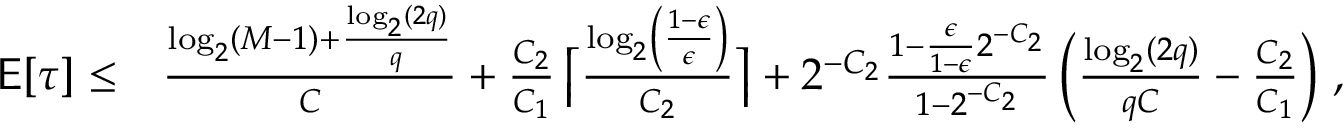
\begin{array} { r l } { \mathsf { E } [ \tau ] \le } & { \frac { \log _ { 2 } ( M - 1 ) + \frac { \log _ { 2 } ( 2 q ) } { q } } { C } + \frac { C _ { 2 } } { C _ { 1 } } \left\lceil \frac { \log _ { 2 } \left( \frac { 1 - \epsilon } { \epsilon } \right) } { C _ { 2 } } \right\rceil + 2 ^ { - C _ { 2 } } \frac { 1 - \frac { \epsilon } { 1 - \epsilon } 2 ^ { - C _ { 2 } } } { 1 - 2 ^ { - C _ { 2 } } } \left( \frac { \log _ { 2 } ( 2 q ) } { q C } - \frac { C _ { 2 } } { C _ { 1 } } \right) \, , } \end{array}